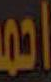
احمد